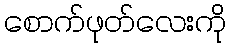
စောက်ဖုတ်လေးကို